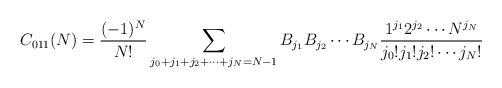
LaTeX: \begin{align*} C_{011}(N) = \frac{(-1)^N }{ N!} \sum_{j_0+j_1+j_2+ \cdots + j_N = N-1} B_{j_1}B_{j_2} \cdots B_{j_N} \frac{ 1^{j_1} 2^{j_2} \cdots N^{j_N}}{ j_0! j_1 !j_2 ! \cdots j_N!}\end{align*}